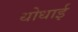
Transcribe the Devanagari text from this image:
धोधाई